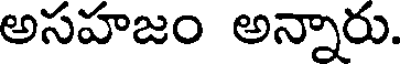
అసహజం అన్నారు.